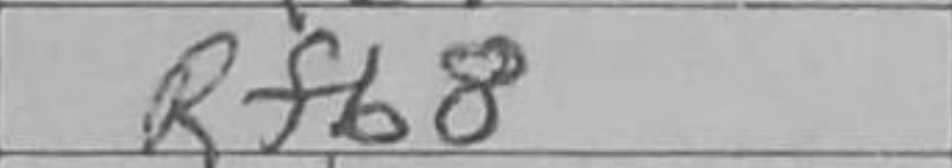
Transcription: Rfb8